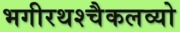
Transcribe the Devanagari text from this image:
भगीरथश्चैकलव्यो